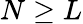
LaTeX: N\geq L